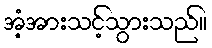
အံ့အားသင့်သွားသည်။